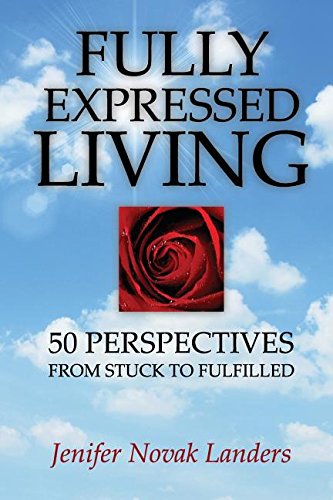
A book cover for Fully Expressed Living: 50 Perspectives from Stuck to Fulfilled; Jenifer Novak Landers; Business & Money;